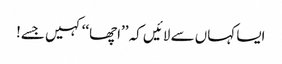
ایسا کہاں سے لائیں کہ ’’اچھا‘‘ کہیں جسے!